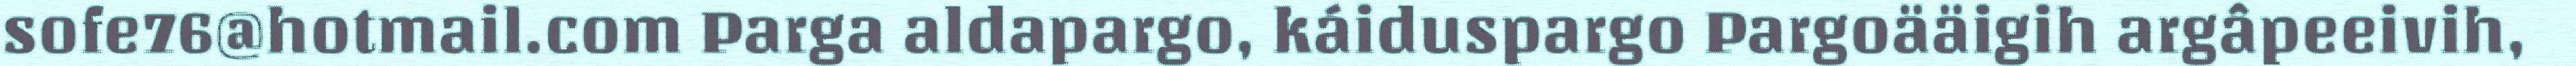
sofe76@hotmail.com Parga aldapargo, káiduspargo Pargoääigih argâpeeivih,